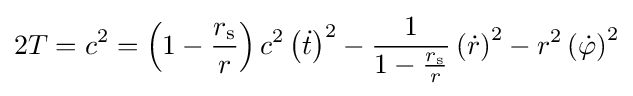
2T=c^{2}=\left(1-{\frac {r_{\text{s}}}{r}}\right)c^{2}\left({\dot {t}}\right)^{2}-{\frac {1}{1-{\frac {r_{\text{s}}}{r}}}}\left({\dot {r}}\right)^{2}-r^{2}\left({\dot {\varphi }}\right)^{2}